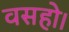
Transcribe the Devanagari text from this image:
वसहो।